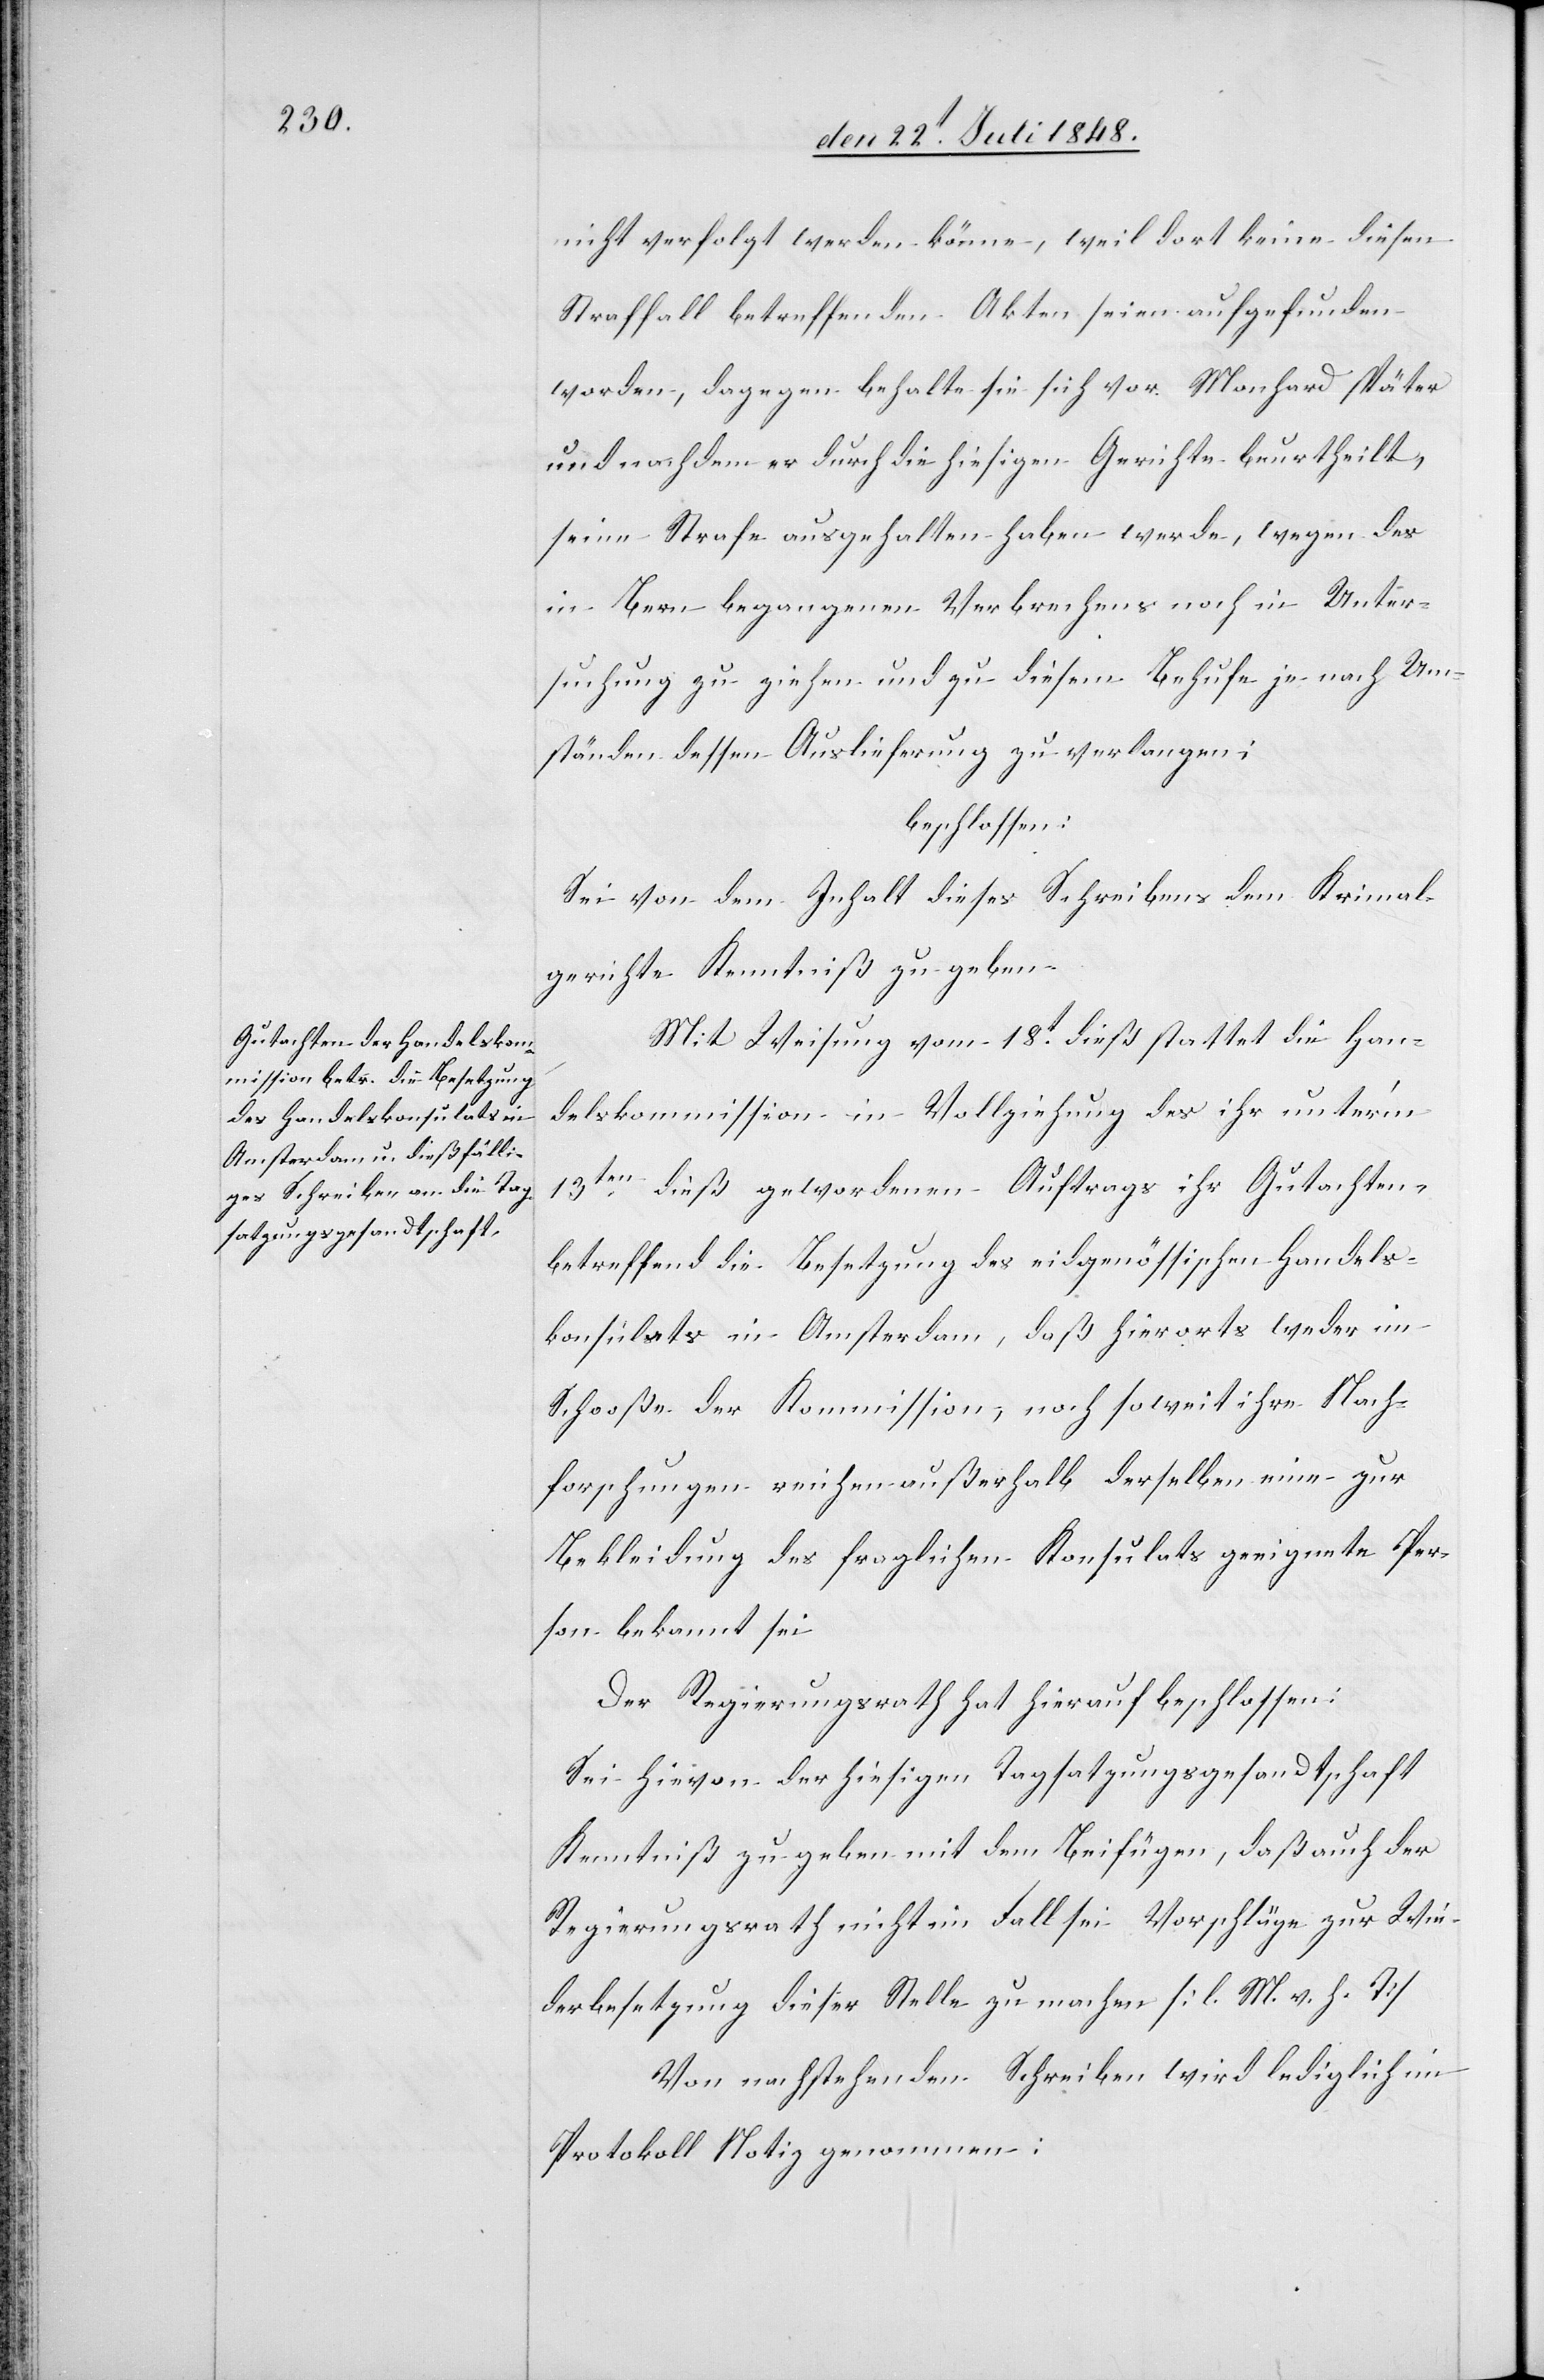
nicht verfolgt werden könne, weil dort keine diesen
Straffall betreffenden Akten seien aufgefunden
worden, dagegen behalte sie sich vor Monhard später
und nachdem er durch die hiesigen Gerichte beurtheilt,
seine Strafe ausgehalten haben werde, wegen des
in Bern begangenen Verbrechens noch in Unter¬
suchung zu ziehen und zu diesem Behufe je nach Um¬
ständen dessen Auslieferung zu verlangen:
beschlossen:
Sei von dem Inhalt dieses Schreibens dem Kriminal¬
gerichte Kenntniß zu geben.
Mit Weisung vom 18t dieß stattet die Han¬
delskommission in Vollziehung des ihr unter’m
13ten dieß gewordenen Auftrags ihr Gutachten
betreffend die Besetzung des eidgenössischen Handels¬
konsulats in Amsterdam, daß hierorts weder im
Schooße der Kommission, noch soweit ihre Nach¬
forschungen reichen außerhalb derselben eine zur
Bekleidung des fraglichen Konsulats geeignete Per¬
son bekannt sei[.]
Der Regierungsrath hat hierauf beschlossen:
Sei hievon der hiesigen Tagsatzungsgesandtschaft
Kenntniß zu geben mit dem Beifügen, daß auch der
Regierungsrath nicht im Falle sei Vorschläge zur Wi¬
derbesetzung dieser Stelle zu machen. [l. M. v. h. T]
Von nachstehenden Schreiben wird lediglich im
Protokoll Notiz genommen: